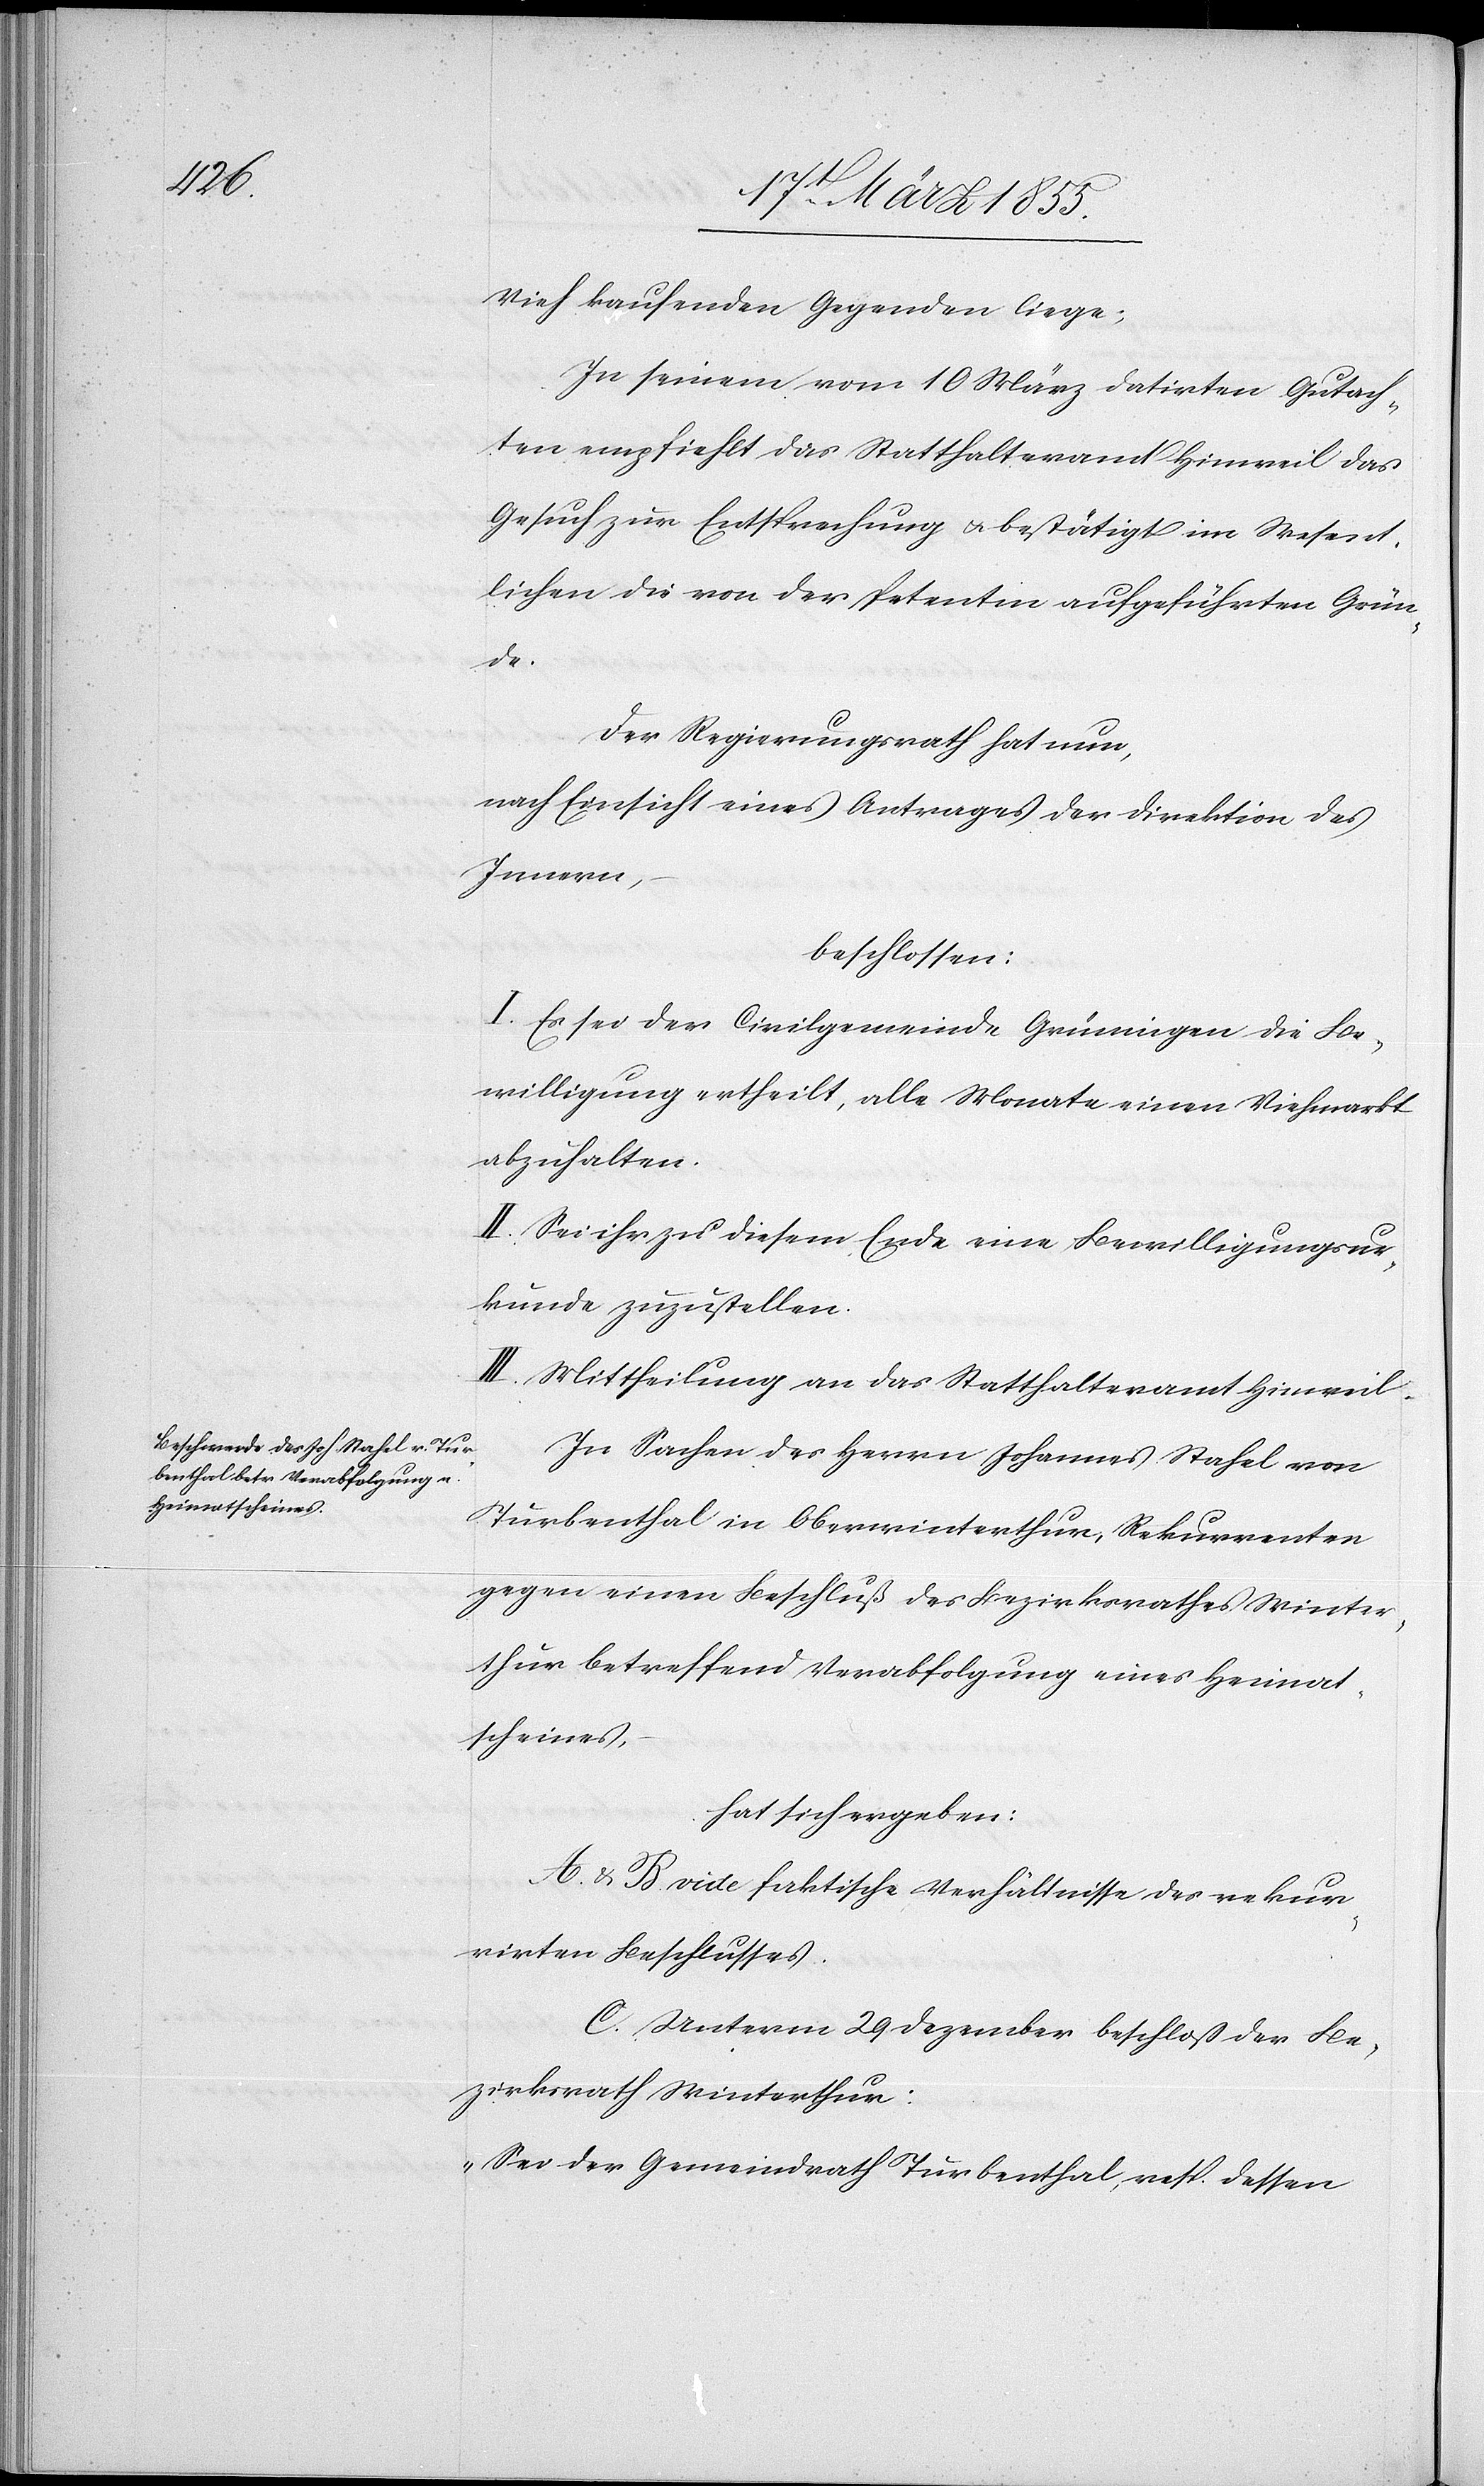
Vieh kaufenden Gegenden liege;
In seinem vom 10 März datirten Gutach¬
ten empfiehlt das Statthalteramt Hinweil das
Gesuch zur Entsprechung & bestätigt im Wesent¬
lichen die von der Petentin aufgeführten Grün¬
de.
Der Regierungsrath hat nun,
nach Einsicht eines Antrages der Direktion des
Innern,
beschlossen:
I. Es sei der Civilgemeinde Grüningen die Be¬
willigung ertheilt, alle Monate einen Viehmarkt
abzuhalten.
II. Sei ihr zu diesem Ende eine Bewilligungsur¬
kunde zuzustellen.
III. Mittheilung an das Statthalteramt Hinweil.
In Sachen des Herrn Johannes Stahel von
Turbenthal in Oberwinterthur, Rekurrenten
gegen einen Beschluß des Bezirksrathes Winter¬
thur betreffend Verabfolgung eines Heimat¬
scheines,
hat sich ergeben:
A. & B. vide faktische Verhältnisse des rekur¬
rirten Beschlusses.
C. Unterm 29 Dezember beschloß der Be¬
zirksrath Winterthur:
„Sei der Gemeindrath Turbenthal, resp. dessen